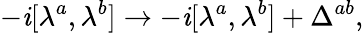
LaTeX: -\mathit{i}[\lambda^{a},\lambda^{b}]\rightarrow-\mathit{i}[\lambda^{a},\lambda^{b}]+\Delta^{ab},